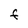
Character: F